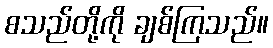
စသည်တို့ကို ချစ်ကြသည်။